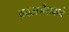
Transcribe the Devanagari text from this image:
कालभैरावाचे